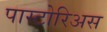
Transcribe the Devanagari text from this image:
पास्टोरिअस